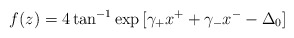
\begin{align*}f(z) = 4 \tan^{-1} \exp{[\gamma_+ x^+ +\gamma_- x^- -\Delta_0]} \end{align*}